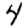
Digit: 4